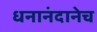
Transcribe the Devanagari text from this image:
धनानंदानेच